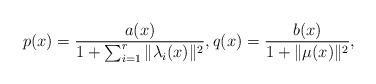
LaTeX: \begin{align*} p(x) = \frac{a(x)}{1 + \sum_{i = 1}^r \| \lambda_i(x) \|^2}, q(x) = \frac{b(x)}{1 + \| \mu(x) \|^2},\end{align*}